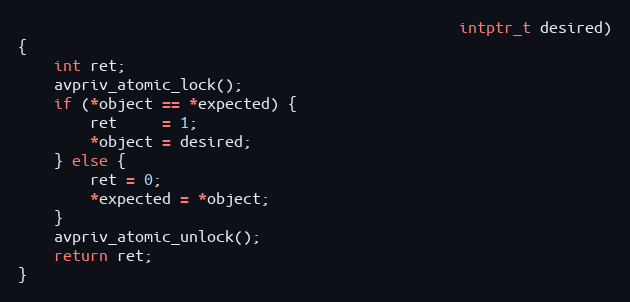
Language: C
                                                 intptr_t desired)
{
    int ret;
    avpriv_atomic_lock();
    if (*object == *expected) {
        ret     = 1;
        *object = desired;
    } else {
        ret = 0;
        *expected = *object;
    }
    avpriv_atomic_unlock();
    return ret;
}